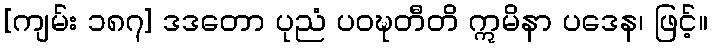
[ကျမ်း ၁၈၇] ဒဒတော ပုညံ ပဝဍ္ဎတီတိ ဣမိနာ ပဒေန၊ ဖြင့်။